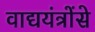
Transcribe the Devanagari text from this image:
वाद्ययंत्रोंसे